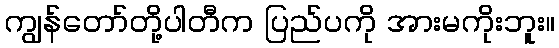
ကျွန်တော်တို့ပါတီက ပြည်ပကို အားမကိုးဘူး။